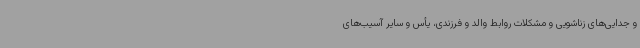
و جدایی‌های زناشویی و مشکلات روابط والد و فرزندی، یأس و سایر آسیب‌های